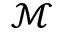
\mathcal { M }